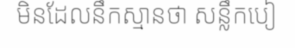
មិនដែលនឹកស្មានថា សន្លឹកបៀ